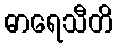
ဓာရေသီတိ